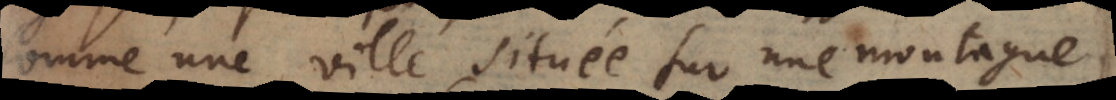
comme une ville située sur une montagne